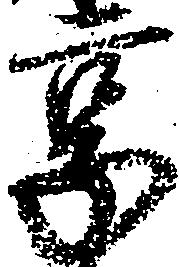
享